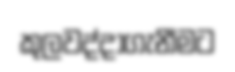
කුලවද්දාගැනීමට